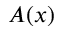
A ( x )